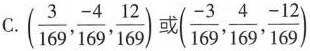
C.(\frac{3}{169}, \frac{-4}{169}, \frac{12}{169})或(\frac{-3}{169}, \frac{4}{169}, \frac{-12}{169})